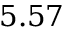
5 . 5 7